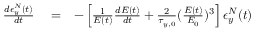
\begin{array} { r l r } { \frac { d \epsilon _ { y } ^ { N } ( t ) } { d t } } & { { } = } & { - \left[ \frac { 1 } { E ( t ) } \frac { d E ( t ) } { d t } + \frac { 2 } { \tau _ { y , 0 } } ( \frac { E ( t ) } { E _ { 0 } } ) ^ { 3 } \right] \epsilon _ { y } ^ { N } ( t ) } \end{array}